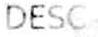
DESC